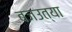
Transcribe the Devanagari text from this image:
बजउत्या